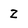
Character: 2